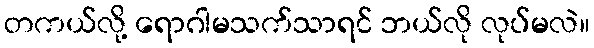
တကယ်လို့ ရောဂါမသက်သာရင် ဘယ်လို လုပ်မလဲ။